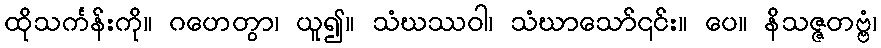
ထိုသင်္ကန်းကို။ ဂဟေတွာ၊ ယူ၍။ သံဃဿဝါ၊ သံဃာသော်၎င်း။ ပေ။ နိသဇ္ဇတဗ္ဗံ၊